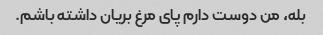
بله، من دوست دارم پای مرغ بریان داشته باشم.